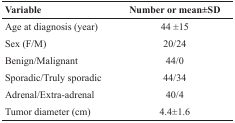
| Variable | Number or mean±SD |
 | --- | --- |
 | Age at diagnosis (year) | 44 ±15 |
 | Sex (F/M) | 20/24 |
 | Benign/Malignant | 44/0 |
 | Sporadic/Truly sporadic | 44/34 |
 | Adrenal/Extra-adrenal | 40/4 |
 | Tumor diameter (cm) | 4.4±1.6 |